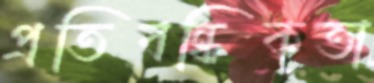
প্রতিবন্ধিকতা